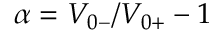
\alpha = V _ { 0 - } / V _ { 0 + } - 1